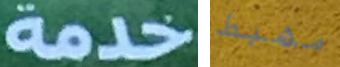
خدمة مهبط